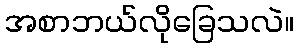
အစာဘယ်လိုခြေသလဲ။